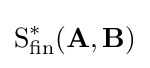
{\text{S}}_{\text{fin}}^{*}(\mathbf {A} ,\mathbf {B} )